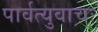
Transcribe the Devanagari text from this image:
पार्वत्युवाचः